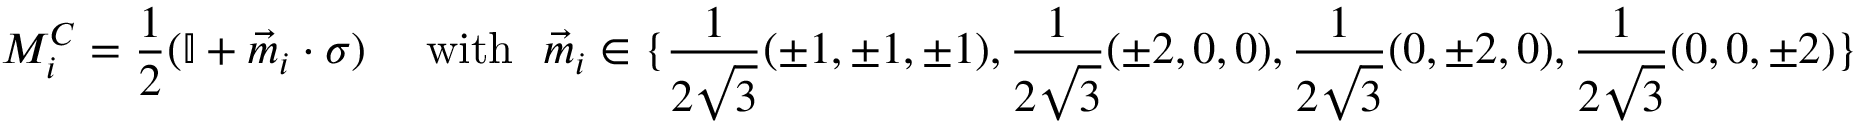
{ M } _ { i } ^ { C } = \frac { 1 } { 2 } ( \mathbb { I } + \vec { m } _ { i } \cdot \sigma ) ~ ~ ~ ~ \mathrm { w i t h } ~ ~ \vec { m } _ { i } \in \{ \frac { 1 } { 2 \sqrt { 3 } } ( \pm 1 , \pm 1 , \pm 1 ) , \frac { 1 } { 2 \sqrt { 3 } } ( \pm 2 , 0 , 0 ) , \frac { 1 } { 2 \sqrt { 3 } } ( 0 , \pm 2 , 0 ) , \frac { 1 } { 2 \sqrt { 3 } } ( 0 , 0 , \pm 2 ) \}